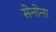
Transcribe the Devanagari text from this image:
सेनोना